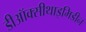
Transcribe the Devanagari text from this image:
डीऑक्सीथाइमिडीन